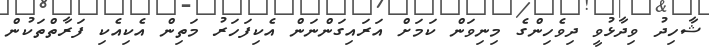
ޝާހިދު ވިދާޅުވީ ދިވެހިންގެ މިނިވަން ކަމަށް އަރައިގަންނަން އެކިފަހަރު މަތިން އެކިއެކި ފަރާތްތަކުން